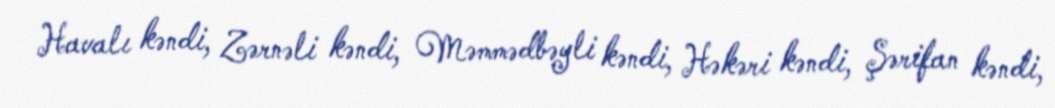
Havalı kəndi, Zərnəli kəndi, Məmmədbəyli kəndi, Həkəri kəndi, Şərifan kəndi,